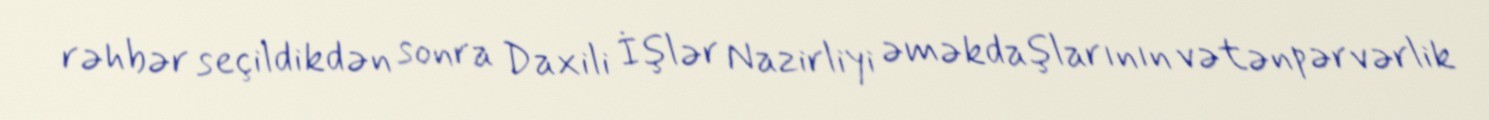
rəhbər seçildikdən sonra Daxili İşlər Nazirliyi əməkdaşlarının vətənpərvərlik